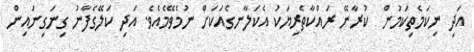
އަދި ނިކަމެތިކަމުން  ކުރާނޭ ރައްކާތެރިޔަކު އެކަލާނގެއަކަށް ނުމެވޭމެއެވެ. އަދި ކަލޭގެފާނު ގިނަގިނައިން